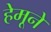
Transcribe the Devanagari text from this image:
हेमूने